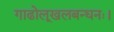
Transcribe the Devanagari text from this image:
गाढोलूखलबन्धनः।